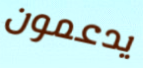
يدعمون